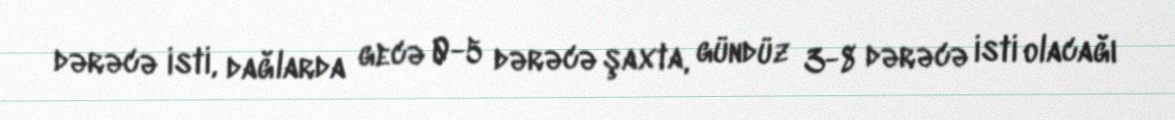
dərəcə isti, dağlarda gecə 0-5 dərəcə şaxta, gündüz 3-8 dərəcə isti olacağı